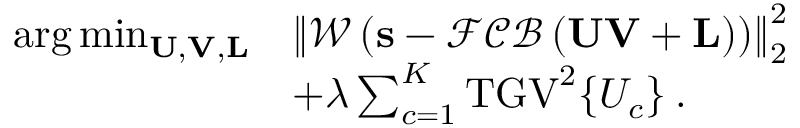
\begin{array} { r l } { \arg \operatorname* { m i n } _ { \mathbf { U } , \mathbf { V } , \mathbf { L } } } & { \left\| \mathcal { W } \left( \mathbf { s } - \mathcal { F C B } \left( \mathbf { U } \mathbf { V } + \mathbf { L } \right) \right) \right\| _ { 2 } ^ { 2 } } \\ & { + \lambda \sum _ { c = 1 } ^ { K } \mathrm { T G V } ^ { 2 } \{ U _ { c } \} \: . } \end{array}